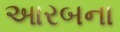
આરબના